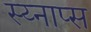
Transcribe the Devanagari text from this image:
स्य्नाप्स